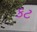
કટ